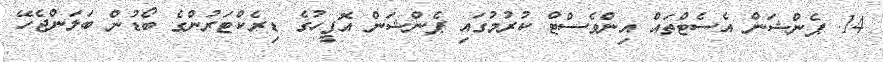
14. ޕެންޝަން އެސެޓްތައް އިންވެސްޓް ކުރުމުގައި ޕެންޝަން އޮފީހުގެ ޑިރެކްޓަރުންގެ ބޯޑުން ބަލަންޖެހޭ